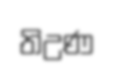
තිඋණ